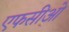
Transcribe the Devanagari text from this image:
एफसीओ